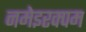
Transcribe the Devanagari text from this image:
नमेइरक्पम